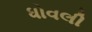
ધોવલી